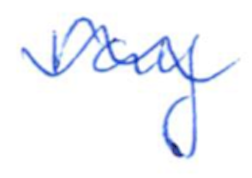
Text: ray
Cross-out: wave
Writing tool: ballpoint